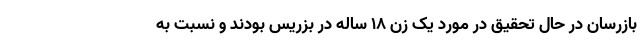
بازرسان در حال تحقیق در مورد یک زن ۱۸ ساله در بزریس بودند و نسبت به